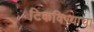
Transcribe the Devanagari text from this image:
टिकविण्याचा